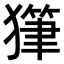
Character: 𤢇